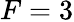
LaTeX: F=3